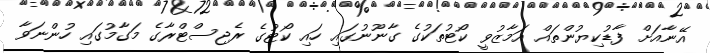
އޭނާއަށް ފާޑުކިޔުންތައް އަމާޒުވީ ކޯޓުތަކުގެ ގާނޫނުގައި ހައި ކޯޓުގެ ރެޖިސްޓްރާގެ މަގާމުގައި ހުންނަވާ